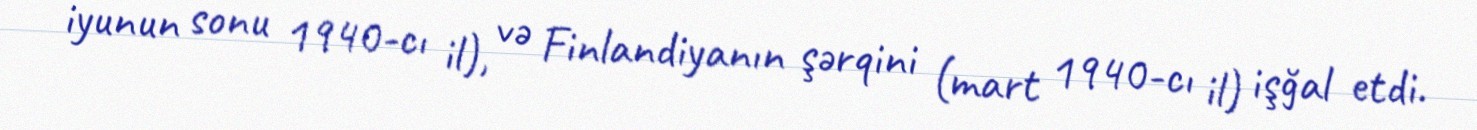
iyunun sonu 1940-cı il), və Finlandiyanın şərqini (mart 1940-cı il) işğal etdi.